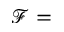
\mathcal F =